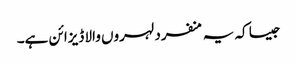
جیسا کہ یہ منفرد لہروں والا ڈیزائن ہے۔